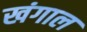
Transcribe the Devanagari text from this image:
खंगाल